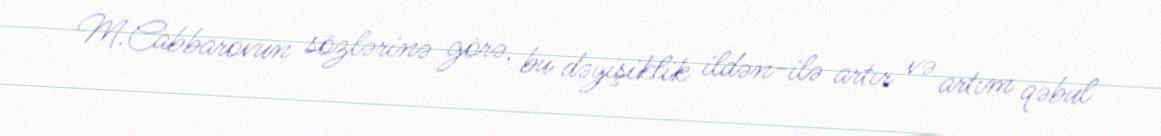
M.Cabbarovun sözlərinə görə, bu dəyişiklik ildən-ilə artır və artım qəbul